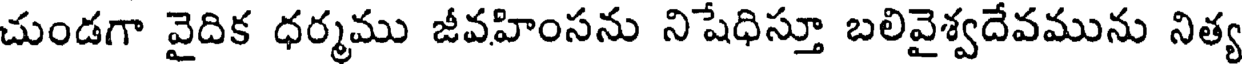
చుండగా వైదిక ధర్మము జీవహింసను నిషేధిస్తూ బలివైశ్వదేవమును నిత్య